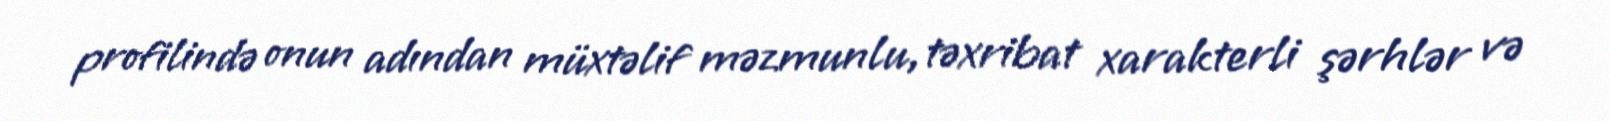
profilində onun adından müxtəlif məzmunlu, təxribat xarakterli şərhlər və